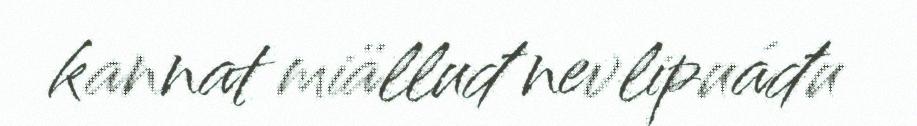
kannat miälluđ nevlipuáđu